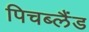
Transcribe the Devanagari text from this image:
पिचब्लैंड